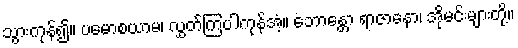
သွားကုန်၍။ ပမောစယာမ၊ လွှတ်ကြပါကုန်အံ့။ ဘောန္တော ရာဇာနော၊ အိုမင်းများတို့။